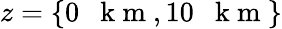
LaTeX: z=\{ 0\mathrm{~~~k~m~},10\mathrm{~~~k~m~}\}